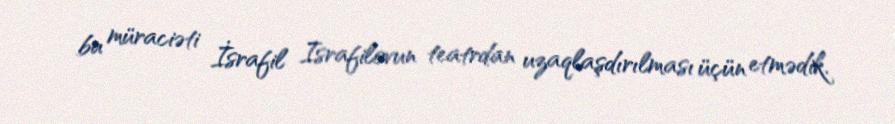
bu müraciəti İsrafil Israfilovun teatrdan uzaqlaşdırılması üçün etmədik.